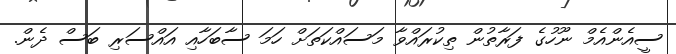
ސީއެންއެމް ނޫހުގެ ފަރާތުން ތިކުރައްވާ މަސައްކަތަށް ހަމަ ސާބަހާއި އައްސަރި ބަސް ދެން.